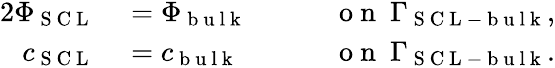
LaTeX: \begin{array}{rlrl}{{2}\Phi_{\mathrm{~S~C~L~}}}&{{}=\Phi_{\mathrm{~b~u~l~k~}}\quad}&{}&{{}\mathrm{~o~n~}\ \Gamma_{\mathrm{~S~C~L~-~b~u~l~k~}},}\\ {c_{\mathrm{~S~C~L~}}}&{{}=c_{\mathrm{~b~u~l~k~}}}&{}&{{}\mathrm{~o~n~}\ \Gamma_{\mathrm{~S~C~L~-~b~u~l~k~}}.}\end{array}